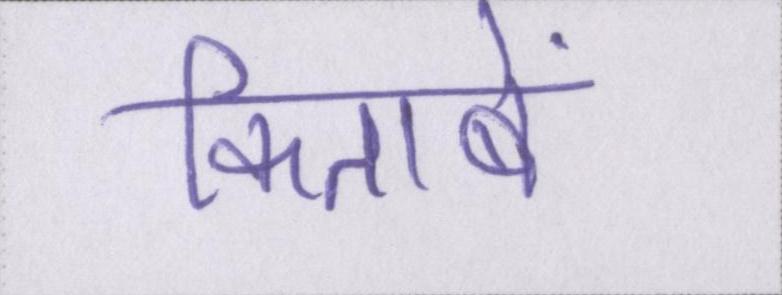
किताबें